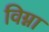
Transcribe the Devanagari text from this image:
विग्ना